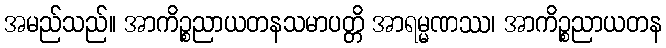
အမည်သည်။ အာကိဉ္စညာယတနသမာပတ္တိ အာရမ္မဏဿ၊ အာကိဉ္စညာယတန